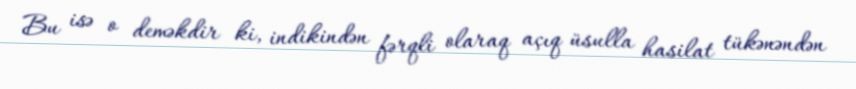
Bu isə o deməkdir ki, indikindən fərqli olaraq açıq üsulla hasilat tükənəndən